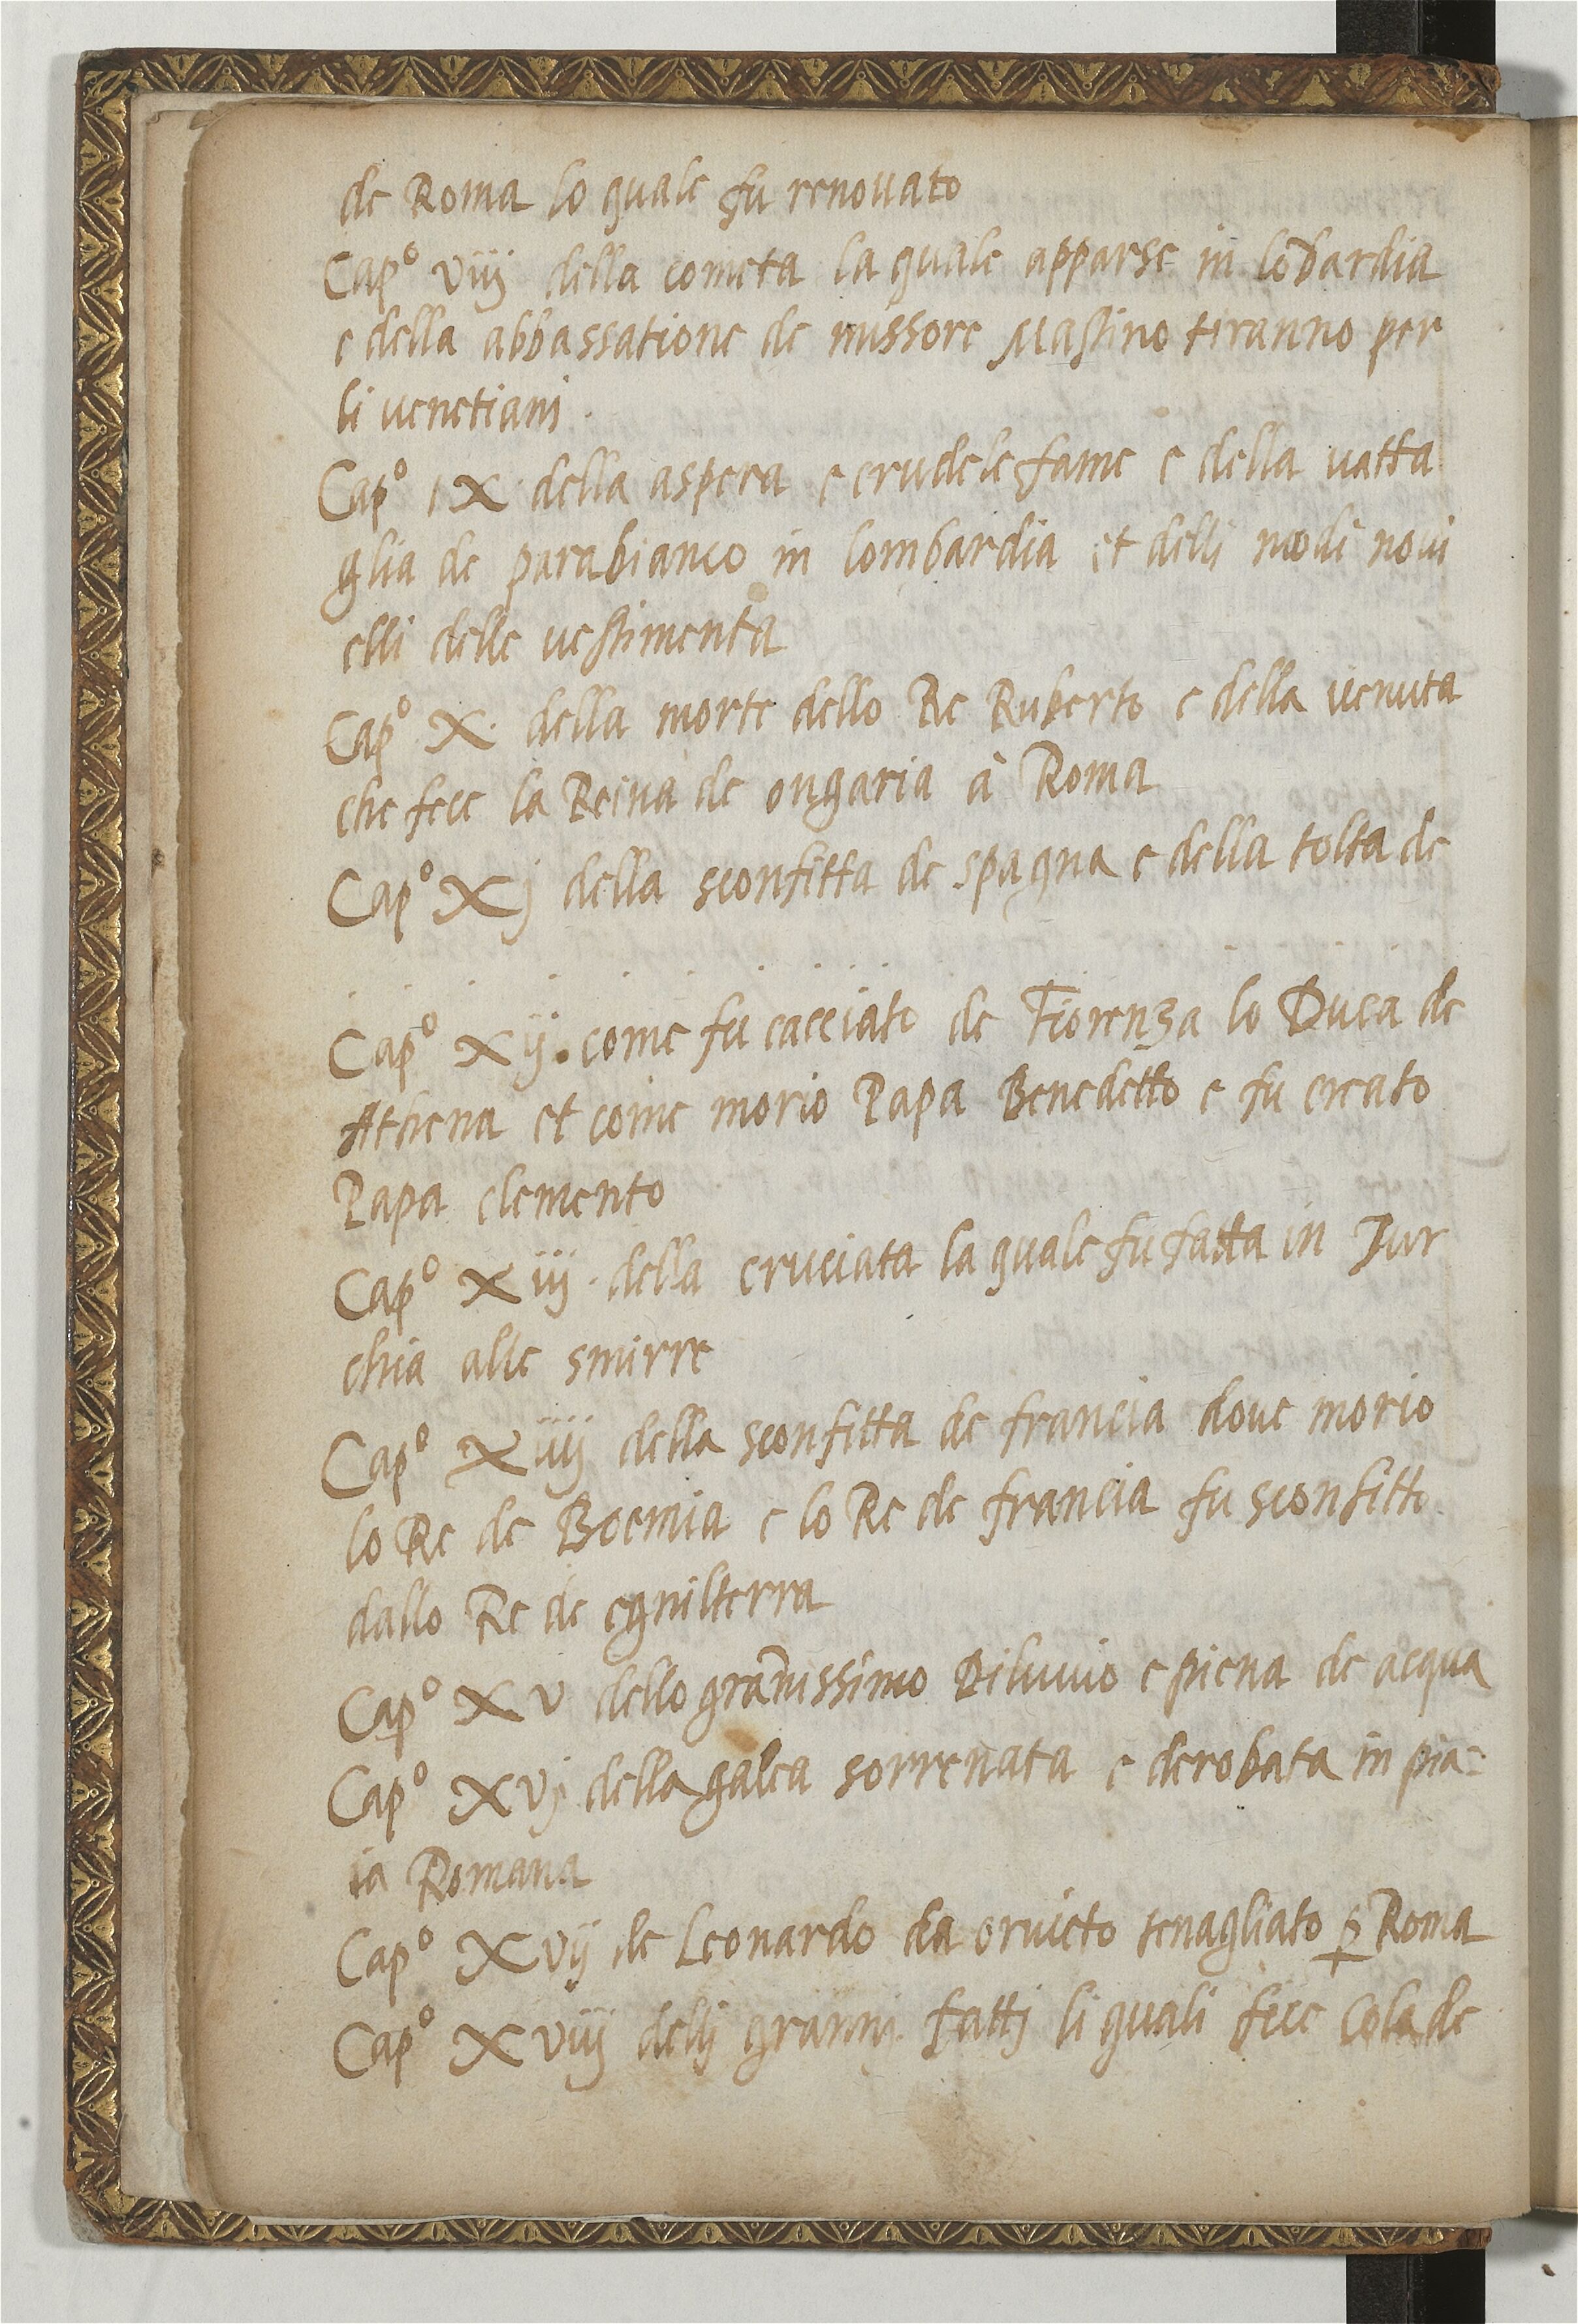
Shelfmark: Paris, BnF, ita. 820
Century: 16